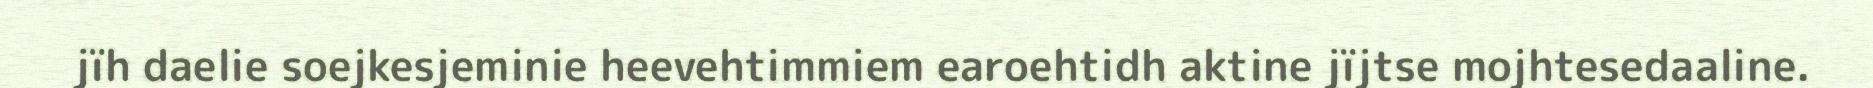
jïh daelie soejkesjeminie heevehtimmiem earoehtidh aktine jïjtse mojhtesedaaline.